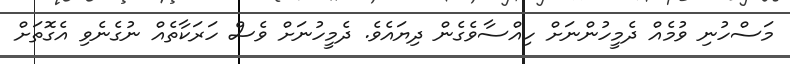
މަސްހުނި ވުމެއް ދެމީހުންނަށް ހިއްސާވެގެން ދިޔައެވެ. ދެމީހުނަށް ވެސް ހަރަކާތެއް ނުގެނެވި އެގޮތަށް